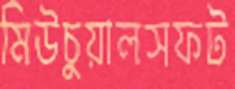
মিউচুয়ালসফট